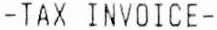
-TAX INVOICE-